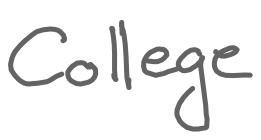
Text: College
Cross-out: clean
Writing tool: digital_gray